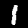
Label: 1